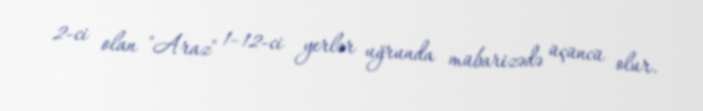
2-ci olan "Araz" 1–12-ci yerlər uğrunda mübarizədə üçüncü olur.